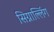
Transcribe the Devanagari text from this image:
सिग्नाल्लिंग